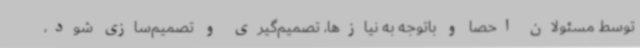
توسط مسئولان احصا و باتوجه به نیازها، تصمیم‌گیری و تصمیم‌سازی شود،